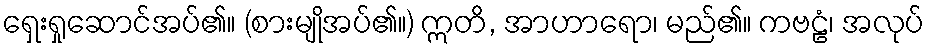
ရှေးရှုဆောင်အပ်၏။ (စားမျိုအပ်၏။) ဣတိ, အာဟာရော၊ မည်၏။ ကဗဠံ၊ အလုပ်